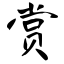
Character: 赏